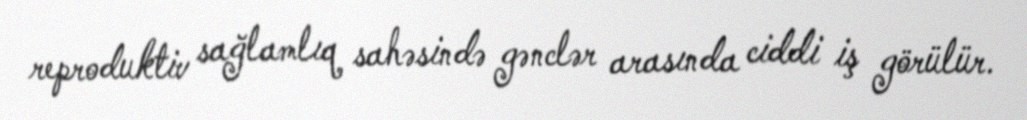
reproduktiv sağlamlıq sahəsində gənclər arasında ciddi iş görülür.